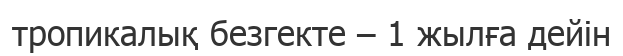
тропикалық безгекте – 1 жылға дейін